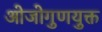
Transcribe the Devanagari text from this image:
ओजोगुणयुक्त